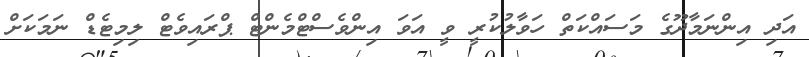
އަދި އިންނަމާދޫގެ މަސައްކަތް ހަވާލުކުރީ ވީ އަވަ އިންވެސްޓްމެންޓް ޕްރައިވެޓް ލިމިޓެޑް ނަމަކަށް